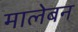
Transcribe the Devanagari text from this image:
मालेबन